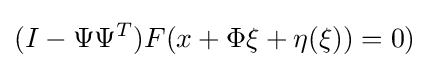
(I-\Psi \Psi ^{T})F(x+\Phi \xi +\eta (\xi ))=0)